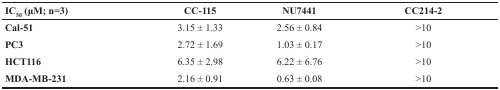
<table><thead><tr><td><b>IC<sub>50</sub> (μM; n=3)</b></td><td><b>CC-115</b></td><td><b>NU7441</b></td><td><b>CC214-2</b></td></tr></thead><tbody><tr><td><b>Cal-51</b></td><td>3.15 ± 1.33</td><td>2.56 ± 0.84</td><td>&gt;10</td></tr><tr><td><b>PC3</b></td><td>2.72 ± 1.69</td><td>1.03 ± 0.17</td><td>&gt;10</td></tr><tr><td><b>HCT116</b></td><td>6.35 ± 2.98</td><td>6.22 ± 6.76</td><td>&gt;10</td></tr><tr><td><b>MDA-MB-231</b></td><td>2.16 ± 0.91</td><td>0.63 ± 0.08</td><td>&gt;10</td></tr></tbody></table>